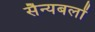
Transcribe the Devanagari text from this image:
सैन्यबलों